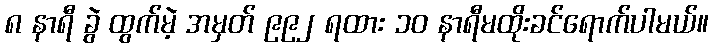
၈ နာရီ ခွဲ ထွက်မဲ့ အမှတ် ၉၉၂ ရထား ၁၀ နာရီမထိုးခင်ရောက်ပါမယ်။